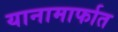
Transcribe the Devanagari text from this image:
यानामार्फात